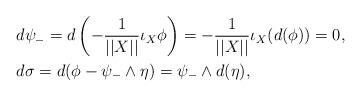
LaTeX: \begin{align*}&d\psi_-=d\left(-\frac{1}{||X||}\iota_X\phi\right)=-\frac{1}{||X||}\iota_X(d(\phi))=0,\\&d\sigma=d(\phi-\psi_-\wedge\eta)=\psi_-\wedge d(\eta),\end{align*}